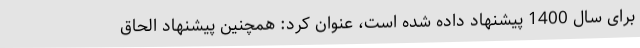
برای سال 1400 پیشنهاد داده شده است، عنوان کرد: همچنین پیشنهاد الحاق